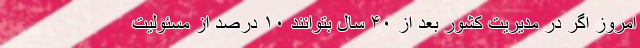
امروز اگر در مدیریت کشور بعد از ۴۰ سال بتوانند ۱۰ درصد از مسئولیت